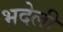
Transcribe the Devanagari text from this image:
भदेली